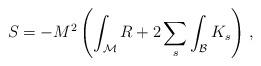
LaTeX: \begin{align*}S = - M^2 \left(\int_{\mathcal M} R + 2 \sum_s \int_{\mathcal B} K_s \right)\, , \end{align*}